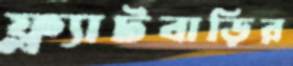
ফ্ল্যাটবাড়ির